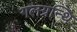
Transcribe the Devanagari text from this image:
गलग्रन्थि